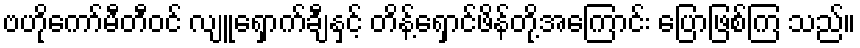
ဗဟိုကော်မီတီဝင် လျူရှောက်ချီနှင့် တိန့်ရှောင်ဖိန်တို့အကြောင်း ပြောဖြစ်ကြ သည်။